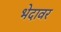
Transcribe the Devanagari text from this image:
भेदावर